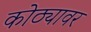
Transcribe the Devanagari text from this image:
कोठ्यावर